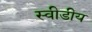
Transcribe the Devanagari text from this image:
स्वीडीय